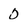
Character: 0